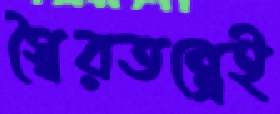
স্বৈরতন্ত্রেই